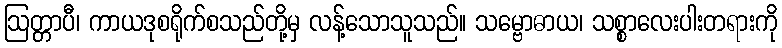
ဩတ္တာပီ၊ ကာယဒုစရိုက်စသည်တို့မှ လန့်သောသူသည်။ သမ္ဗောဓာယ၊ သစ္စာလေးပါးတရားကို